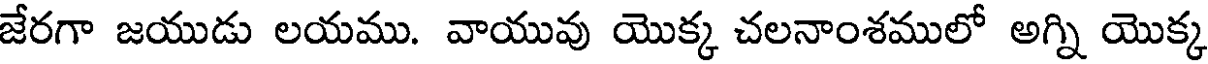
జేరగా జయుడు లయము. వాయువు యొక్క చలనాంశములో అగ్ని యొక్క